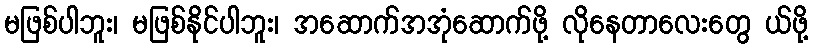
မဖြစ်ပါဘူး၊ မဖြစ်နိုင်ပါဘူး၊ အဆောက်အအုံဆောက်ဖို့ လိုနေတာလေးတွေ ယ်ဖို့